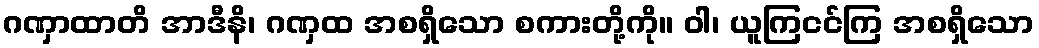
ဂဏှာထာတိ အာဒီနိ၊ ဂဏှထ အစရှိသော စကားတို့ကို။ ဝါ၊ ယူကြငင်ကြ အစရှိသော